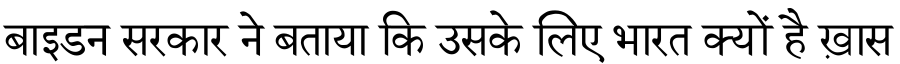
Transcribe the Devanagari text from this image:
बाइडन सरकार ने बताया कि उसके लिए भारत क्यों है ख़ास